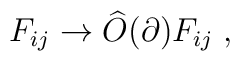
F_{ij}\rightarrow \widehat{O}(\partial )F_{ij}\;,